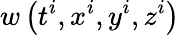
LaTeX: w\left(t^{i},x^{i},y^{i},z^{i}\right)